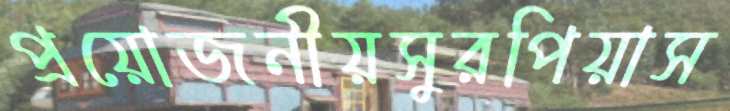
প্রয়োজনীয়সুরপিয়াস